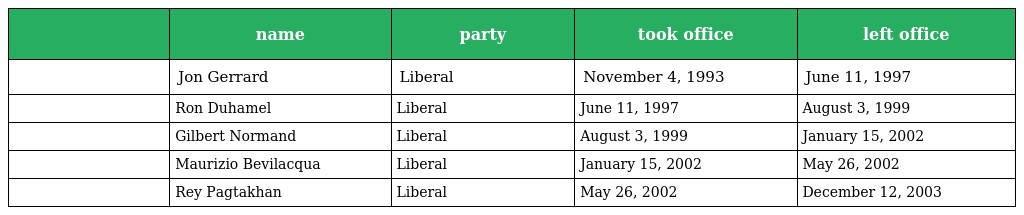
|  | name | party | took office | left office |
 | --- | --- | --- | --- | --- |
 |  | Jon Gerrard | Liberal | November 4, 1993 | June 11, 1997 |
 |  | Ron Duhamel | Liberal | June 11, 1997 | August 3, 1999 |
 |  | Gilbert Normand | Liberal | August 3, 1999 | January 15, 2002 |
 |  | Maurizio Bevilacqua | Liberal | January 15, 2002 | May 26, 2002 |
 |  | Rey Pagtakhan | Liberal | May 26, 2002 | December 12, 2003 |